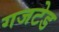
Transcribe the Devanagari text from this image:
गजटेड